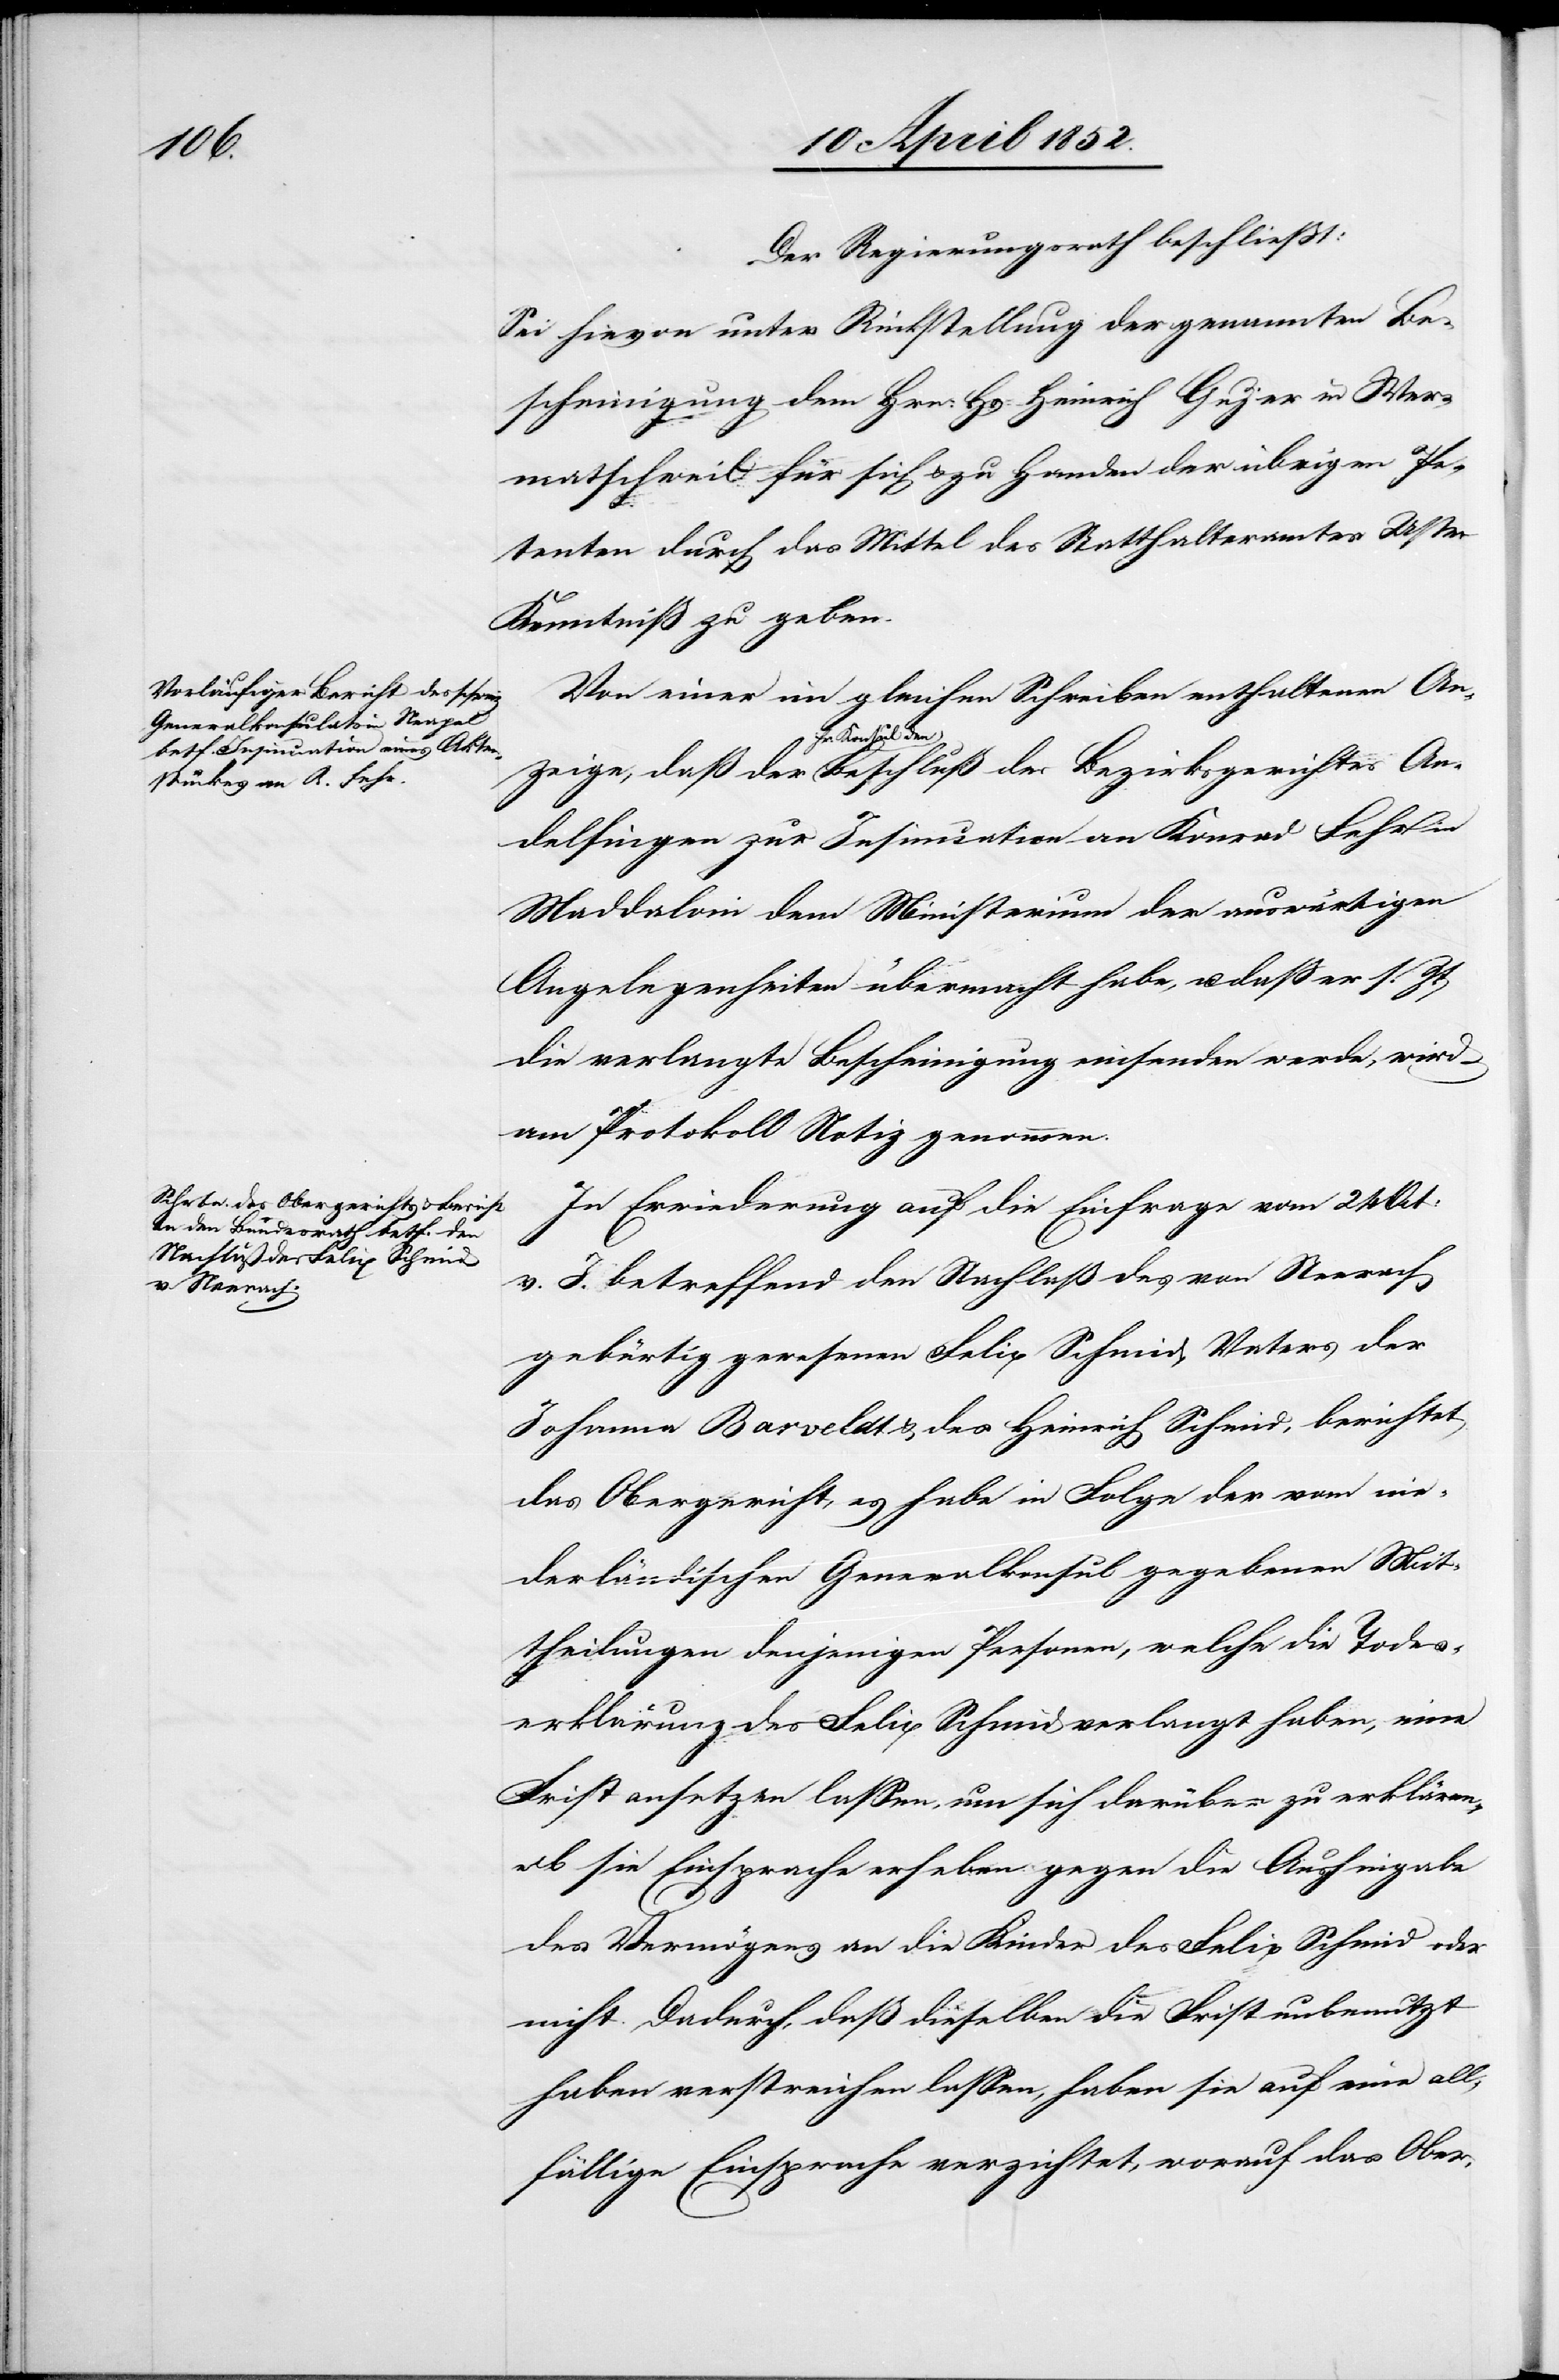
Der Regierungsrath beschliesst:
Sei hievon unter Rückstellung der genannten Be¬
scheinigung dem Hrn: Hs: Heinrich Gujer in Wer¬
matschweil für sich & zu Handen der übrigen Pe¬
tenten durch das Mittel des Statthalteramtes Uster
Kenntniß zu geben.
Von einer im gleichen Schreiben enthaltenen An¬
Beschluß des
Andelfingen zur Insinuation an Konrad Fehr in
Maddaloni dem Ministerium der auswärtigen
Angelegenheiten übermacht habe, u. dass er s. Zt.
die verlangte Bescheinigung einsenden werde, wird
am Protokoll Notiz genommen.
In Erwiederung auf die Einfrage vom 24 Oct:
v. J. betreffend den Nachlaß des von Neerach
gebürtig gewesenen Felix Schmid, Vaters der
Johanna Barvelat & des Heinrich Schmid, berichtet
das Obergericht, es habe in Folge der vom nie¬
derländischen Generalkonsul gegebenen Mit¬
theilungen denjenigen Personen, welche die Todes¬
erklärung des Felix Schmid verlangt haben, eine
Frist ansetzen lassen, um sich darüber zu erklären,
[?o]b sie Einsprache erheben gegen die Aushingabe
des Vermögens an die Kinder des Felix Schmid oder
nicht. Dadurch, daß dieselben die Frist unbenutzt
haben verstreichen lassen, haben sie auf eine all¬
fällige Einsprache verzichtet, worauf das Ober-